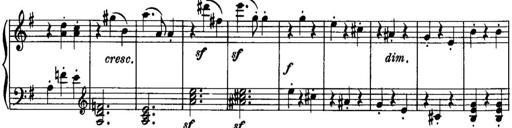
Title: Piano Sonatina No.1, Op.146
Composer: Stephen Heller